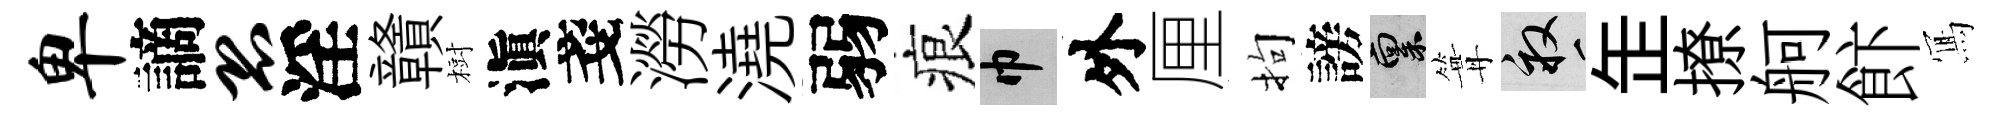
卑謫恐淫贛𣗳滇戔澇澆弱痕巾外厘拘謗禀篝畝𦈢撩舸飰𭂁